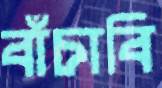
বাঁচাবি